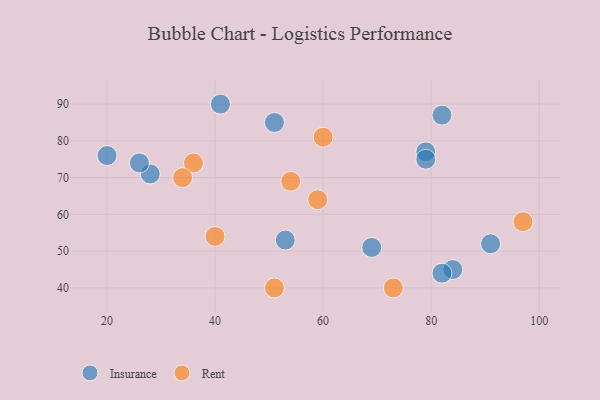
{"axis": {"x": "GDP", "y": "Life Expectancy"}, "legend": ["Insurance", "Rent"], "data": [{"x": "69", "y": 51, "type": "Insurance"}, {"x": "84", "y": 45, "type": "Insurance"}, {"x": "28", "y": 71, "type": "Insurance"}, {"x": "41", "y": 90, "type": "Insurance"}, {"x": "82", "y": 44, "type": "Insurance"}, {"x": "82", "y": 87, "type": "Insurance"}, {"x": "20", "y": 76, "type": "Insurance"}, {"x": "79", "y": 77, "type": "Insurance"}, {"x": "53", "y": 53, "type": "Insurance"}, {"x": "79", "y": 75, "type": "Insurance"}, {"x": "51", "y": 85, "type": "Insurance"}, {"x": "26", "y": 74, "type": "Insurance"}, {"x": "91", "y": 52, "type": "Insurance"}, {"x": "60", "y": 81, "type": "Rent"}, {"x": "59", "y": 64, "type": "Rent"}, {"x": "40", "y": 54, "type": "Rent"}, {"x": "73", "y": 40, "type": "Rent"}, {"x": "36", "y": 74, "type": "Rent"}, {"x": "54", "y": 69, "type": "Rent"}, {"x": "51", "y": 40, "type": "Rent"}, {"x": "97", "y": 58, "type": "Rent"}, {"x": "34", "y": 70, "type": "Rent"}]}